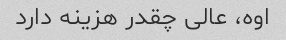
اوه، عالی چقدر هزینه دارد